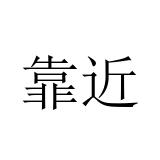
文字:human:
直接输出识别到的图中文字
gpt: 靠近